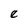
Character: e